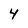
Character: 4